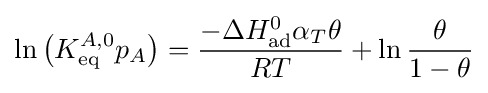
\ln {\big (}K_{\text{eq}}^{A,0}p_{A}{\big )}={\frac {-\Delta H_{\text{ad}}^{0}\alpha _{T}\theta }{RT}}+\ln {\frac {\theta }{1-\theta }}